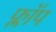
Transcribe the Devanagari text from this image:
फ्लाॅप